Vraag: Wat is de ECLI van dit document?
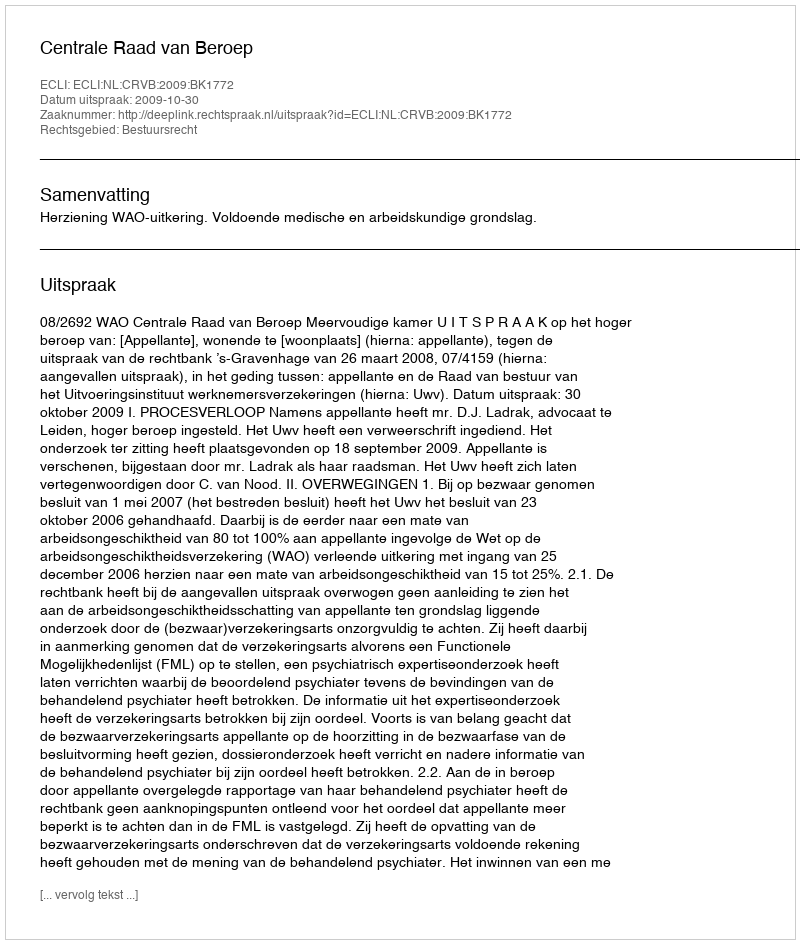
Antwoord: ECLI:NL:CRVB:2009:BK1772